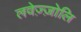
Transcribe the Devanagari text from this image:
लवेज़्ज़ोलि